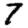
Digit: 7